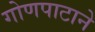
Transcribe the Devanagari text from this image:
गोणपाटाने